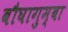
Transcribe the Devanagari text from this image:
बौघागुम्बा